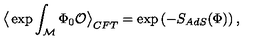
\big < \exp \int _ { \cal M } \Phi _ { 0 } { \cal O } \big > _ { C F T } = \exp \left( - S _ { A d S } ( \Phi ) \right) ,